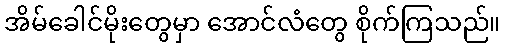
အိမ်ခေါင်မိုးတွေမှာ အောင်လံတွေ စိုက်ကြသည်။